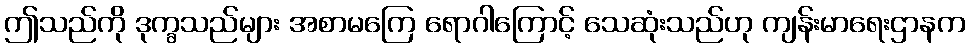
ဤသည်ကို ဒုက္ခသည်များ အစာမကြေ ရောဂါကြောင့် သေဆုံးသည်ဟု ကျန်းမာရေးဌာနက